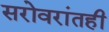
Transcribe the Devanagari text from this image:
सरोवरांतही